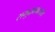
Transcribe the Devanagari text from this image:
समुद्रप्रवासाचे